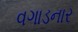
વગાડનાર